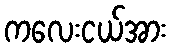
ကလေးငယ်အား